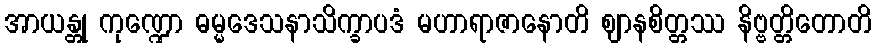
အာယန္တု ကုဏ္ဍော ဓမ္မဒေသနာသိက္ခာပဒံ မဟာရာဇာနောတိ ဈာနစိတ္တဿ နိဗ္ဗတ္တိတောတိ